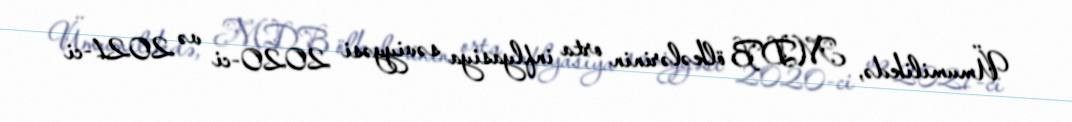
Ümumilikdə, MDB ölkələrinin orta inflyasiya səviyyəsi 2020-ci və 2021-ci